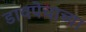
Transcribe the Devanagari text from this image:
डावपेचाच्या